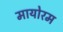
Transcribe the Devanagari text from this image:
मायोरम